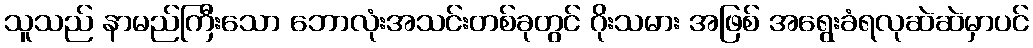
သူသည် နာမည်ကြီးသော ဘောလုံးအသင်းတစ်ခုတွင် ဂိုးသမား အဖြစ် အရွေးခံရလုဆဲဆဲမှာပင်